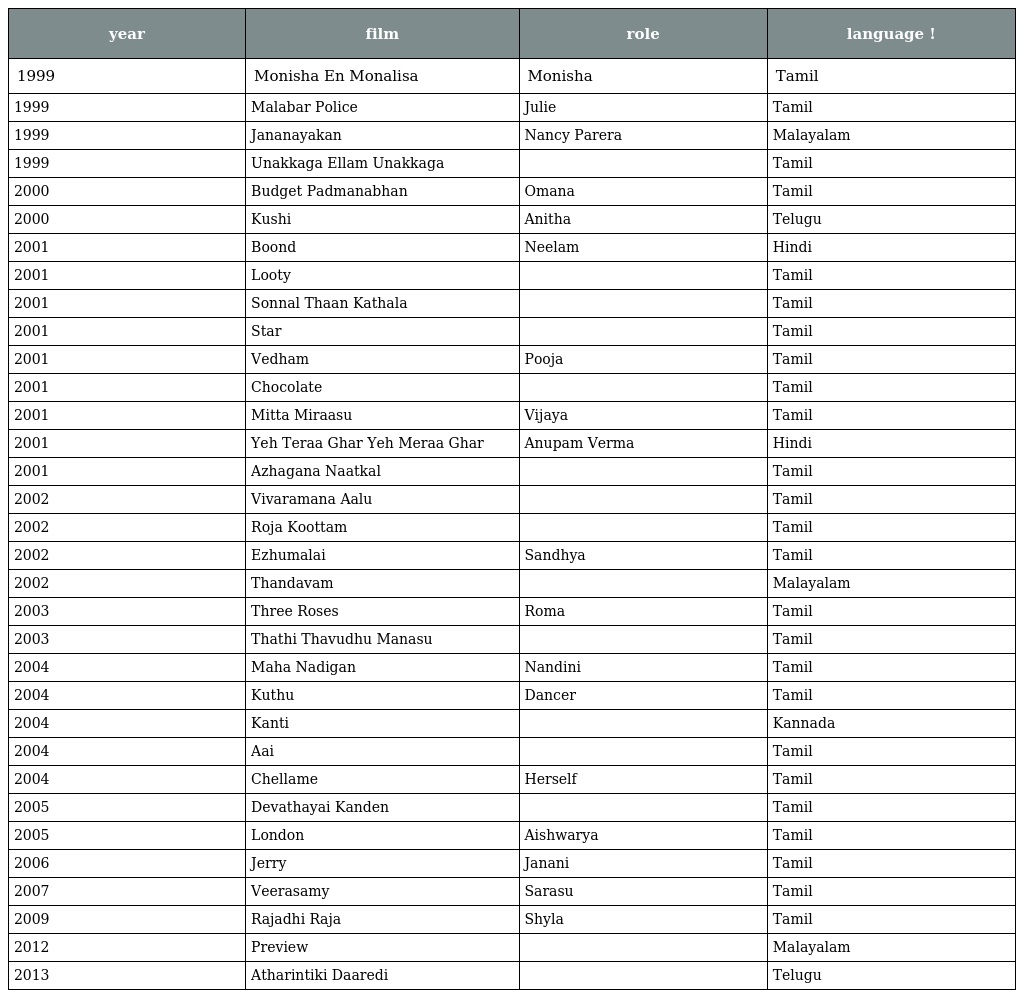
| year | film | role | language ! |
 | --- | --- | --- | --- |
 | 1999 | Monisha En Monalisa | Monisha | Tamil |
 | 1999 | Malabar Police | Julie | Tamil |
 | 1999 | Jananayakan | Nancy Parera | Malayalam |
 | 1999 | Unakkaga Ellam Unakkaga |  | Tamil |
 | 2000 | Budget Padmanabhan | Omana | Tamil |
 | 2000 | Kushi | Anitha | Telugu |
 | 2001 | Boond | Neelam | Hindi |
 | 2001 | Looty |  | Tamil |
 | 2001 | Sonnal Thaan Kathala |  | Tamil |
 | 2001 | Star |  | Tamil |
 | 2001 | Vedham | Pooja | Tamil |
 | 2001 | Chocolate |  | Tamil |
 | 2001 | Mitta Miraasu | Vijaya | Tamil |
 | 2001 | Yeh Teraa Ghar Yeh Meraa Ghar | Anupam Verma | Hindi |
 | 2001 | Azhagana Naatkal |  | Tamil |
 | 2002 | Vivaramana Aalu |  | Tamil |
 | 2002 | Roja Koottam |  | Tamil |
 | 2002 | Ezhumalai | Sandhya | Tamil |
 | 2002 | Thandavam |  | Malayalam |
 | 2003 | Three Roses | Roma | Tamil |
 | 2003 | Thathi Thavudhu Manasu |  | Tamil |
 | 2004 | Maha Nadigan | Nandini | Tamil |
 | 2004 | Kuthu | Dancer | Tamil |
 | 2004 | Kanti |  | Kannada |
 | 2004 | Aai |  | Tamil |
 | 2004 | Chellame | Herself | Tamil |
 | 2005 | Devathayai Kanden |  | Tamil |
 | 2005 | London | Aishwarya | Tamil |
 | 2006 | Jerry | Janani | Tamil |
 | 2007 | Veerasamy | Sarasu | Tamil |
 | 2009 | Rajadhi Raja | Shyla | Tamil |
 | 2012 | Preview |  | Malayalam |
 | 2013 | Atharintiki Daaredi ‬ |  | Telugu |